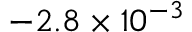
- 2 . 8 \times 1 0 ^ { - 3 }